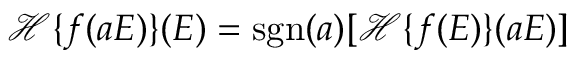
\mathcal { H } \{ f ( a E ) \} ( E ) = \mathrm { s g n } ( a ) [ \mathcal { H } \{ f ( E ) \} ( a E ) ]